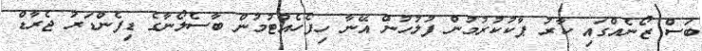
ބަސް ޒޯނެއްގައި ކާރު ޕާކުކުރުމުން ފުލުހުން އޭނާ ހިފެހެއްޓުމުން ބާސެލޯނާގެ ޑިފެންޑަރު ޖެރާޑް